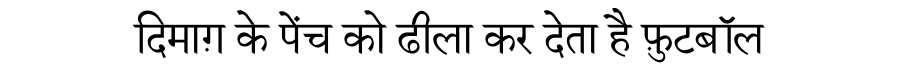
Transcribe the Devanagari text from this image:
दिमाग़ के पेंच को ढीला कर देता है फ़ुटबॉल